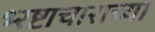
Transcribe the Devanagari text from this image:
भ्‍रष्टाचाराच्या